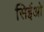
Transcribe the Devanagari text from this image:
सिईओ